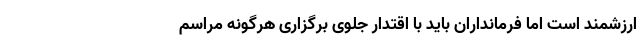
ارزشمند است اما فرمانداران باید با اقتدار جلوی برگزاری هرگونه مراسم